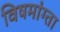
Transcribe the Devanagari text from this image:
विषमांग्ता